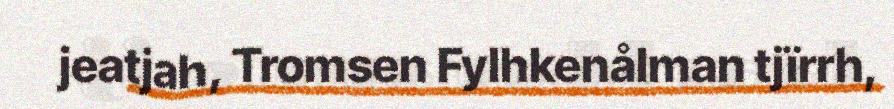
jeatjah, Tromsen Fylhkenålman tjïrrh,